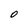
Character: 0